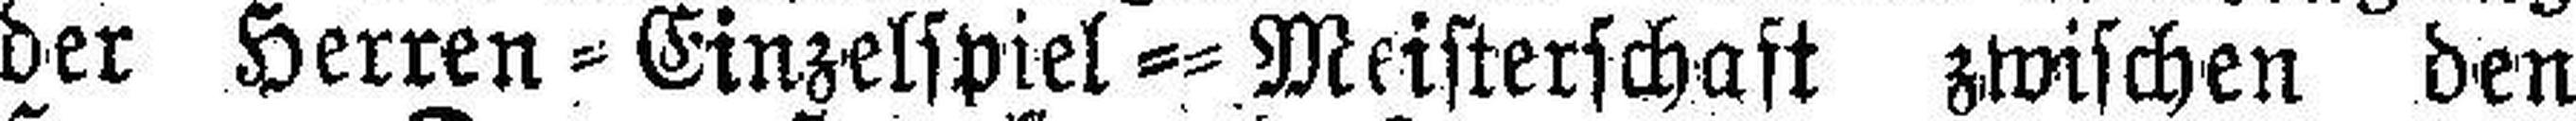
der Herren=Einzelspiel=Meisterschaft zwischen den